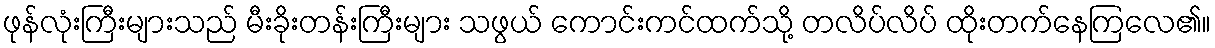
ဖုန်လုံးကြီးများသည် မီးခိုးတန်းကြီးများ သဖွယ် ကောင်းကင်ထက်သို့ တလိပ်လိပ် ထိုးတက်နေကြလေ၏။